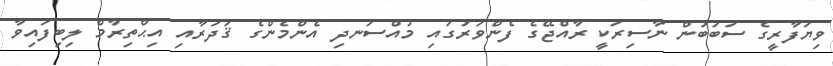
ވިޔަފާރީގެ ސަބަބުން ނާސިރަކީ ރާއްޖޭގެ ފެންވަރުގައި މުއްސަނދި އެންމެންގެ ޤަދަރާއި އިޙްތިރާމް ލިބިފައިވާ